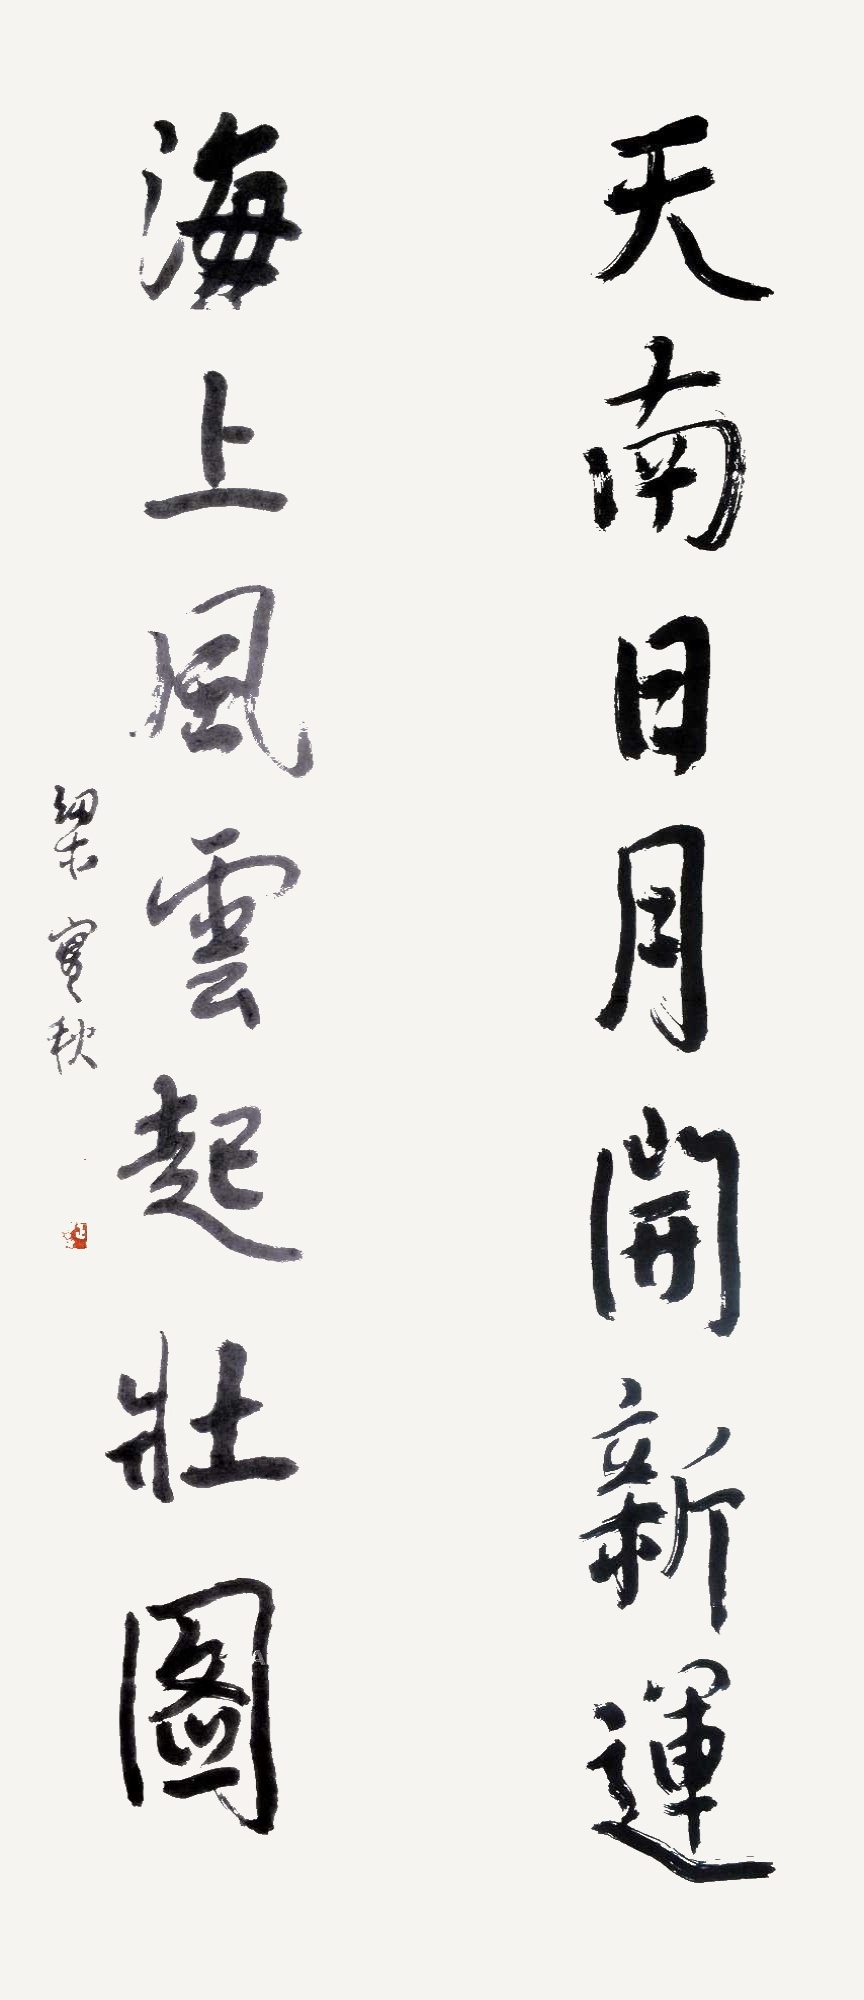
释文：天南日月开新运，海上风云起壮图。梁实秋。